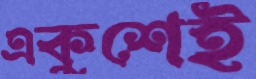
একুশেই